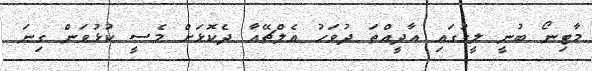
މާޓިނޯ ބުނީ ލީގުގައި އާދީއްތަ ދުވަހު އެލްޗޭއާ ދެކޮޅަށް މެސީ ކުޅުވަން ގިނަ